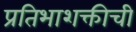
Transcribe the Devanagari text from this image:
प्रतिभाशक्तीची